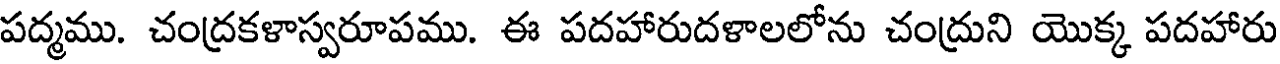
పద్మము. చంద్రకళాస్వరూపము. ఈ పదహారుదళాలలోను చంద్రుని యొక్క పదహారు